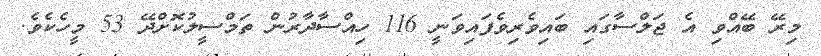
މިރޭ ބޭއްވި އެ ޖަލްސާގައި ބައިވެރިވެފައިވަނީ 116 ހިއްސާދާރުން ތަމްސީލުކޮށްދޭ 53 މީހެެކެވެ.